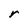
Character: r